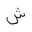
Letter: _shin